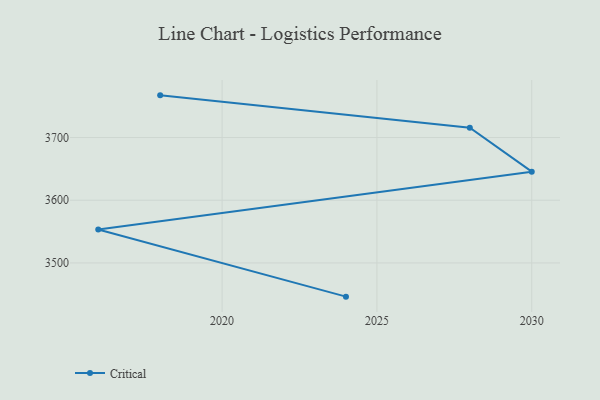
{"axis": {"x": "Year", "y": "LTV (USD)"}, "legend": ["Critical"], "data": [{"x": "2024", "y": 3446.2, "type": "Critical"}, {"x": "2016", "y": 3553.3, "type": "Critical"}, {"x": "2030", "y": 3645.6, "type": "Critical"}, {"x": "2028", "y": 3715.8, "type": "Critical"}, {"x": "2018", "y": 3767.3, "type": "Critical"}]}